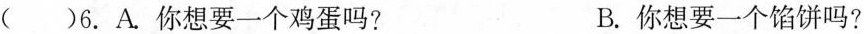
()6.A.你想要一个鸡蛋吗? B.你想要一个馅饼吗?